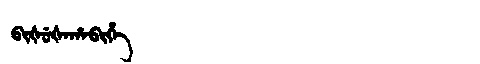
Manchu: ᠪᡳᡧᡠᡧᠠᡥᠠᠪᡳᡥᡝ
Romanization: BIŠUŠAHABIHE